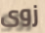
زوى